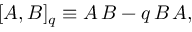
[ A , B ] _ { q } \equiv A \, B - q \, B \, A ,